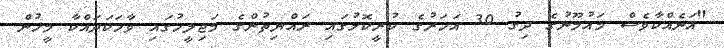
"އަނެއްކާވެސް މައުމޫނުގެ ދިގު 30 އަހަރުގެ ކުރީކޮޅުގައި ރައްޔިތުންގެ މަޖިލީހުގައި ވާހަކަދައްކާ މީހުން